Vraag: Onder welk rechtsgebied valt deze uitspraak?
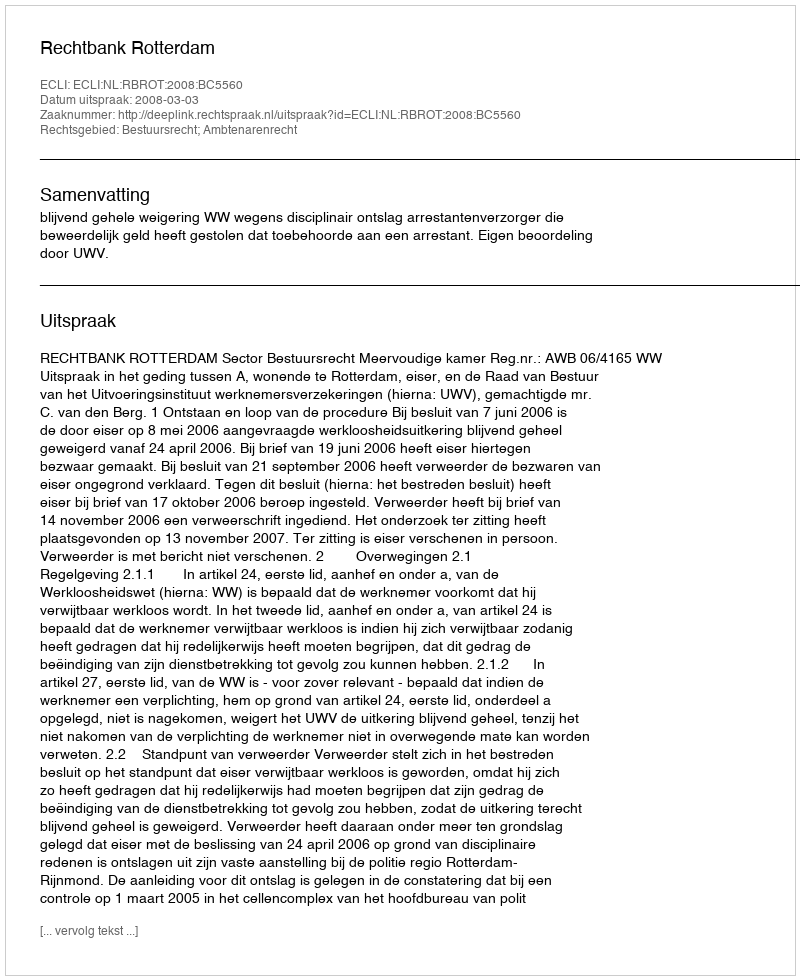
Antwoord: Bestuursrecht; Ambtenarenrecht